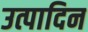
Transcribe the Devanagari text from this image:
उत्पादिन